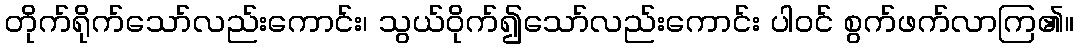
တိုက်ရိုက်သော်လည်းကောင်း၊ သွယ်ဝိုက်၍သော်လည်းကောင်း ပါဝင် စွက်ဖက်လာကြ၏။